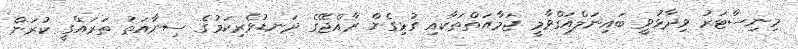
މިނިސްޓަރު ވިދާޅުވީ ބައިނަލްއަގްވާމީ ޖަމާއަތްތަކާއި ގުޅިގެން ރާއްޖޭގެ ދަނޑުވެރިކަމުގެ ސިނާއަތު ތަރައްގީ ކުރަން